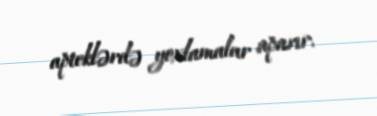
apteklərdə yoxlamalar aparır.